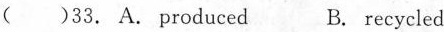
( )33. A.Produced B. Recycled